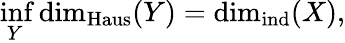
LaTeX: \operatorname*{inf}_{Y}\dim_{\operatorname{Haus}}(Y)=\dim_{\operatorname{ind}}(X),